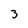
Character: 3